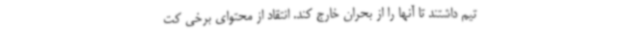
تیم داشتند تا آنها را از بحران خارج کند. انتقاد از محتوای برخی کت